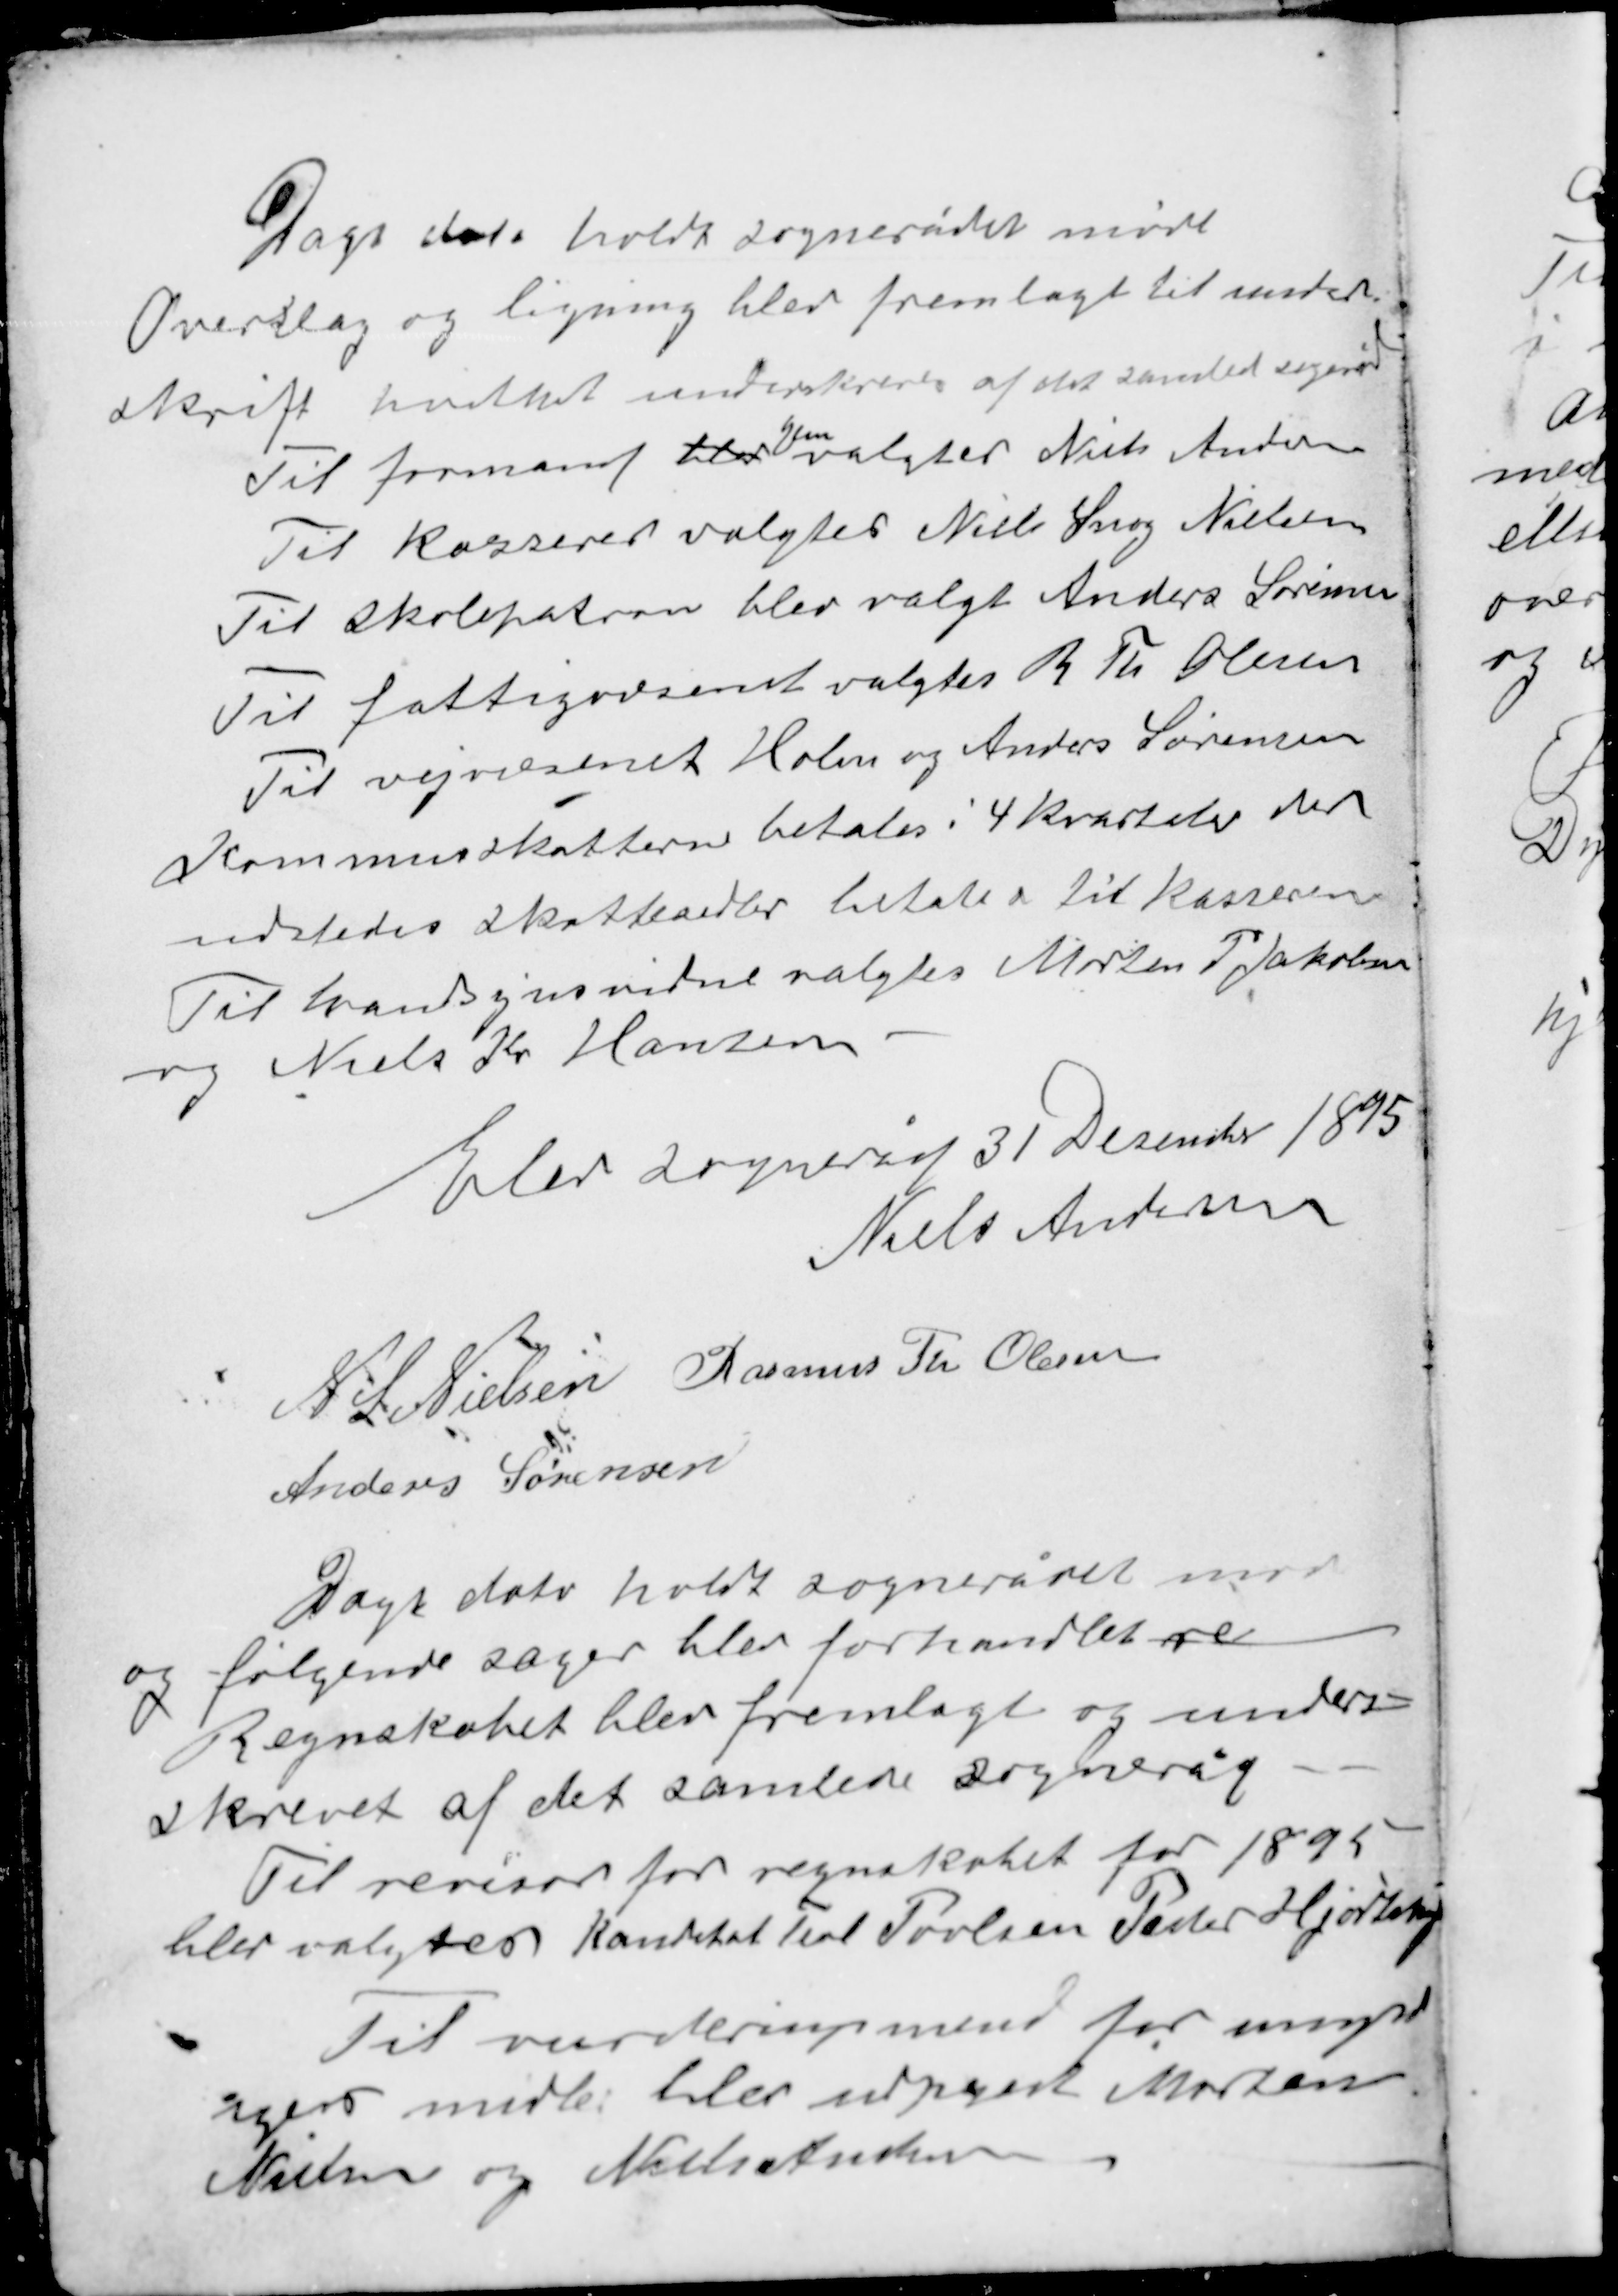
Transskription:
Dags dato holdt sognerådet møde
Overslag og ligning blev fremlagt til under-
skrift hvilket underskreves af det samlede sogneråd
gen
Til formand til er valgtes Niels Andersen
Til kasserer valgtes Niels Snog Nielsen
Til skolepatron blev valgt Anders Sørensen
Til fattigvæsenet valgtes R. Th. Olesen
Til vejvæsenet Holm og Anders Sørensen
Kommuneskatterne betales i 4 kvartaler der
udstedes skattesedler betales til kasseren
Til brandsynsvidne valgtes Morten P. Jakobsen
og Niels Kr. Hansen.

Elev sogneråd 31 December 1895
Niels Andersen
N. S. Nielsen Rasmus Th. Olesen
Anders Sørensen

Dags dato holdt sognerådet møde
og følgende sager blev forhandlet re
Regnskabet blev fremlagt og under-
skrevet af det samlede sogneråd
Til revisor for regnskabet for 1895
blev valgt  konxxx Teol Povlsen Peder Hjortshøj

Til vurderingsmænd for umynd-
iges midler blev udpeget Morten
Nielsen og Niels Andersen.